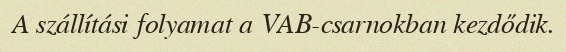
A szállítási folyamat a VAB-csarnokban kezdődik.